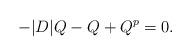
LaTeX: \begin{align*}-|D|Q-Q+Q^p=0.\end{align*}